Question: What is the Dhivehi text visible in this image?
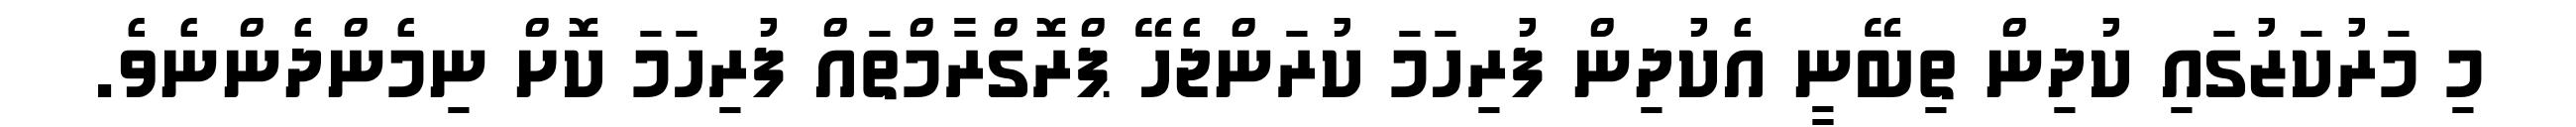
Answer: މި މަރުކަޒުގައި ކުދިން ތިބޭނީ އެކުދިން ފުރިހަމަ ކުރަންޖެހޭ ޕްރޮގްރާމްތައް ފުރިހަމަ ކޮށް ނިމެންދެންނެވެ.